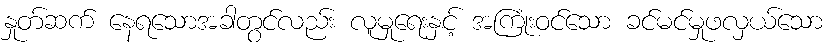
နှုတ်ဆက် နေရသောအခါတွင်လည်း လူမှုရေးနှင့် အကြုံးဝင်သော ခင်မင်မှုဖလှယ်သော